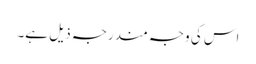
اس کی وجہ مندرجہ ذیل ہے۔